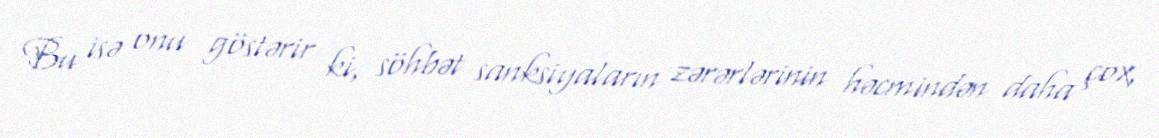
Bu isə onu göstərir ki, söhbət sanksiyaların zərərlərinin həcmindən daha çox,